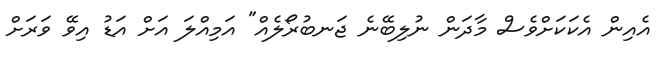
އެއިން އެކަކަށްވެސް މާދަން ނުލިބޭނެ ޖަނބުރޯލެއް" އަމިއްލަ އަށް އަޑު އިވޭ ވަރަށް